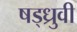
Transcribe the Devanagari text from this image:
षड्ध्रुवी